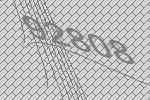
92808